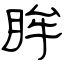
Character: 眸